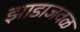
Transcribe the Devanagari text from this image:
झाडाजवळ